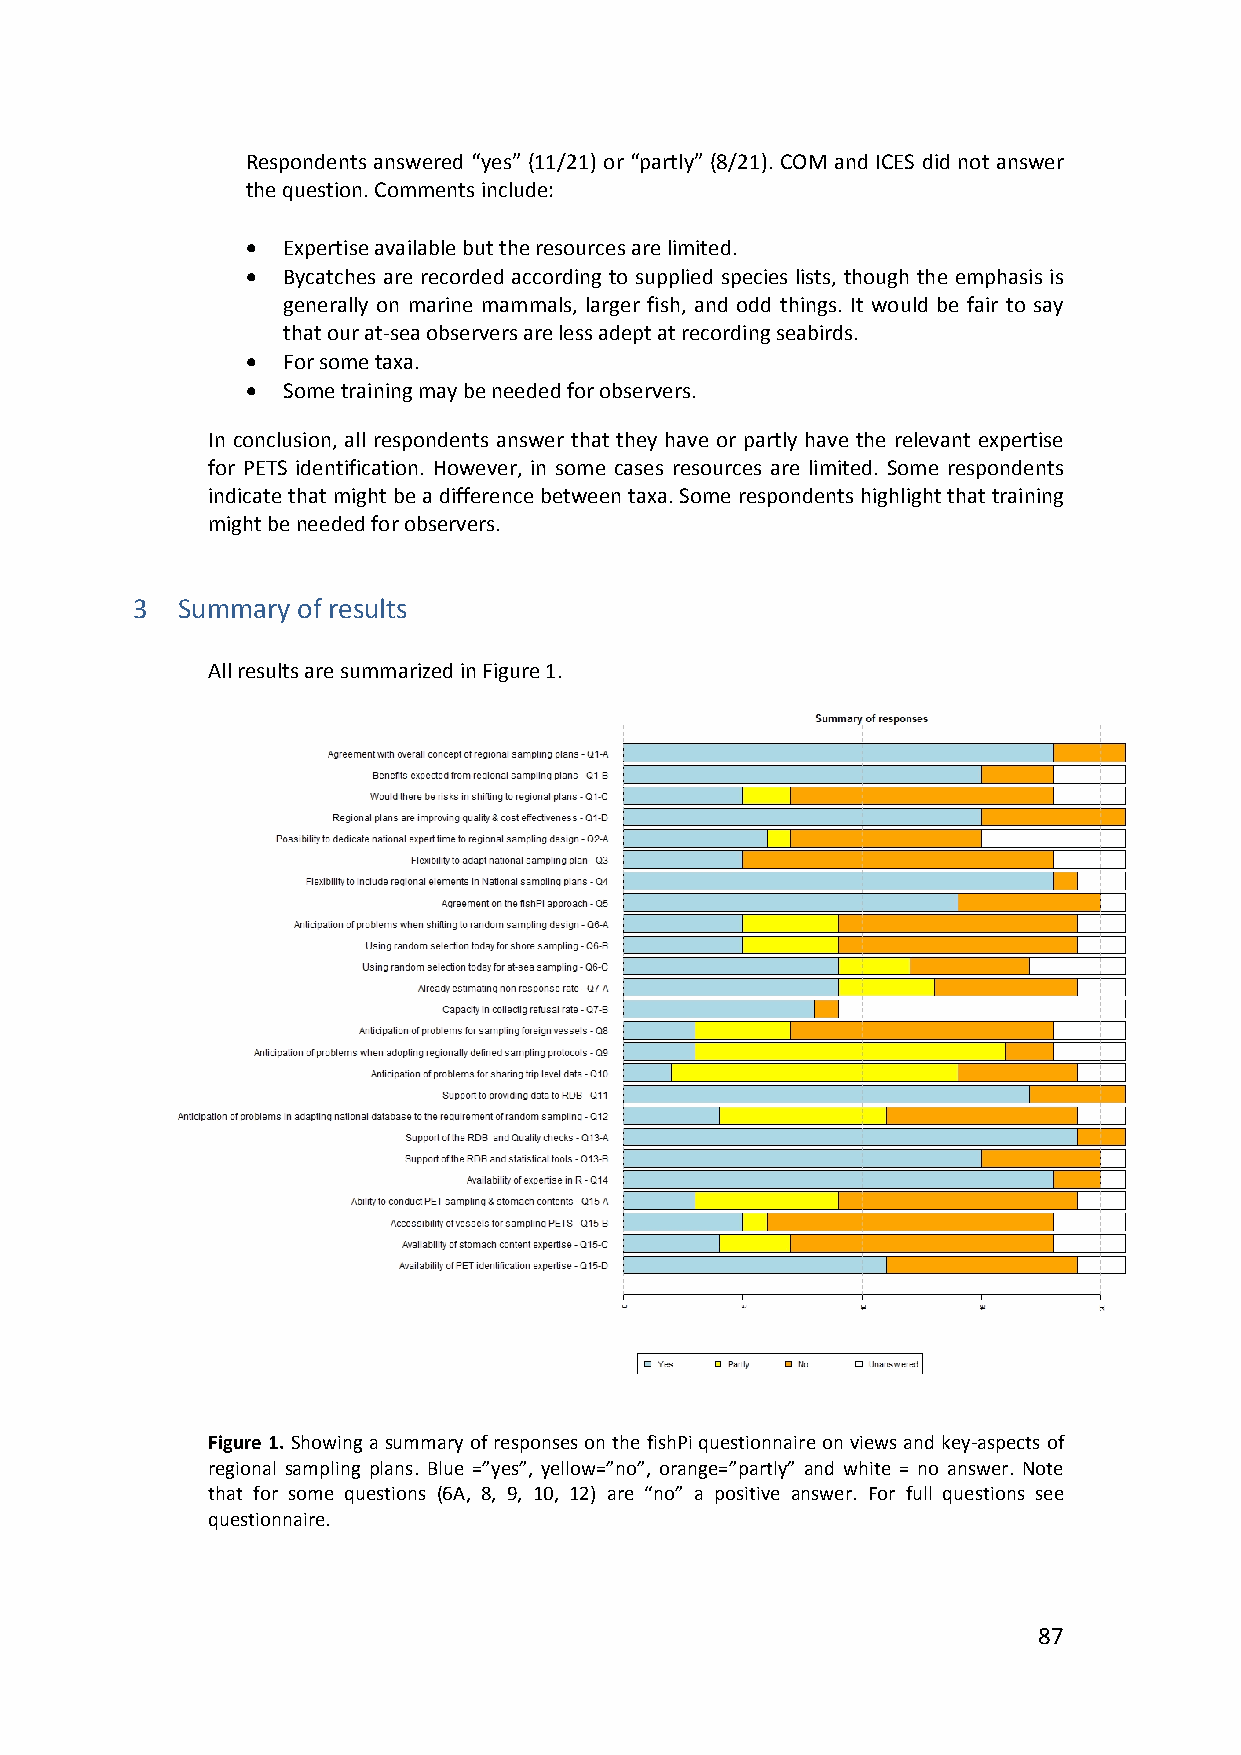
Respondents answered “yes” (11/21) or “partly” (8/21). COM and ICES did not answer
 the question. Comments include:
   Expertise available but the resources are limited.
   Bycatches are recorded according to supplied species lists, though the emphasis is
 generally on marine mammals, larger fish, and odd things. It would be fair to say
 that our at‐sea observers are less adept at recording seabirds.
   For some taxa.
   Some training may be needed for observers.
 In conclusion, all respondents answer that they have or partly have the relevant expertise
 for PETS identification. However, in some cases resources are limited. Some respondents
 indicate that might be a difference between taxa. Some respondents highlight that training
 might be needed for observers.
 3  Summary of results
 All results are summarized in Figure 1.
 Figure 1. Showing a summary of responses on the fishPi questionnaire on views and key‐aspects of
 regional sampling plans. Blue =”yes”, yellow=”no”, orange=”partly” and white = no answer. Note
 that for some questions (6A, 8, 9, 10, 12) are “no” a positive answer. For full questions see
 questionnaire.
 87